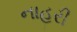
નાહરી